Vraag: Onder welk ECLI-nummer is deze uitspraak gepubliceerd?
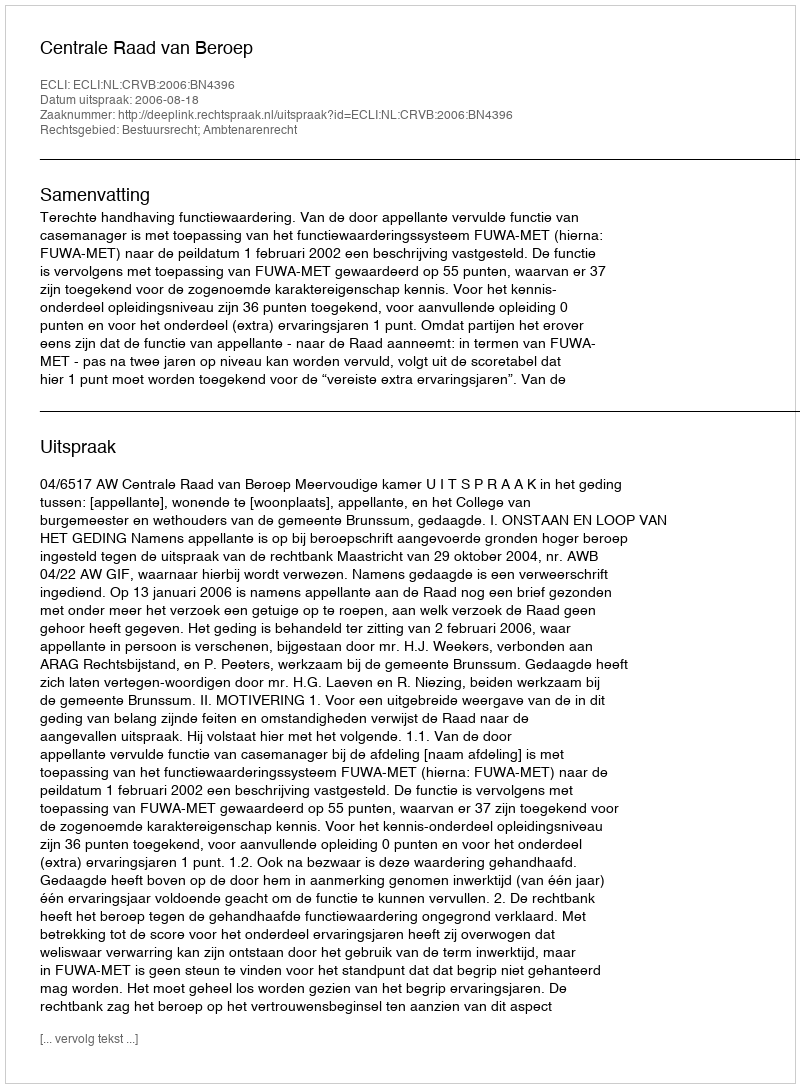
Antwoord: ECLI:NL:CRVB:2006:BN4396